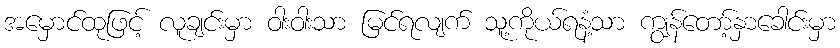
အမှောင်ထုဖြင့် လူချင်းမှာ ဝါးဝါးသာ မြင်ရလျက် သူ့ကိုယ်ရနံ့သာ ကျွန်တော့်နှာခေါင်းမှာ